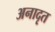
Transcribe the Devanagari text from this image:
अनादृत